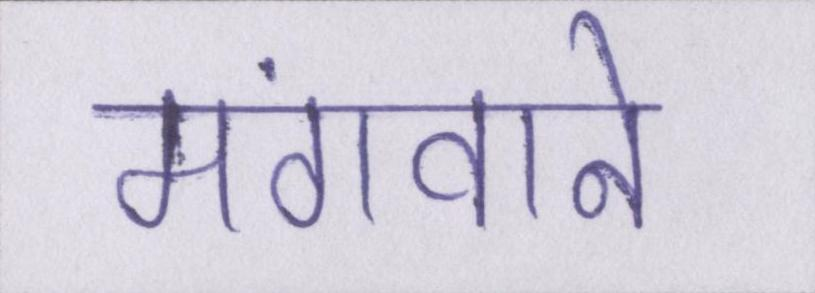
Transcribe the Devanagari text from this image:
मंगवाने